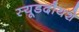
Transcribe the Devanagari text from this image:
स्यूडदौयशे